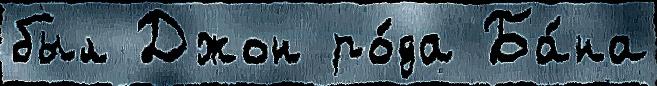
был Джон ро́да Ба́на